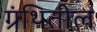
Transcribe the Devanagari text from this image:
ग्रंथितील